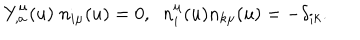
Y _ { , a } ^ { \mu } ( u ) \; n _ { i \mu } ( u ) = 0 , \; \; n _ { i } ^ { \mu } ( u ) n _ { k \mu } ( u ) = - \delta _ { i k } .